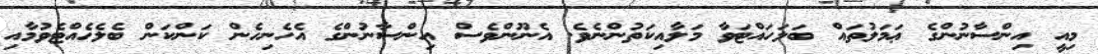
މިއީ އިންސާނުންގެ ޢަމަލުތައް ބަލަހައްޓަވާ މަލާއިކަތުންނެވެ. އެނޫންވެސް އިންސާނުންގެ އެހެނިހެން ކަންކަން ބެލެހެއްޓެވުމާއި